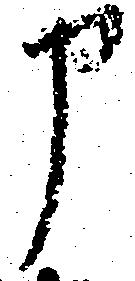
申